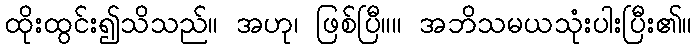
ထိုးထွင်း၍သိသည်။ အဟု၊ ဖြစ်ပြီ။။ အဘိသမယသုံးပါးပြီး၏။